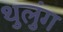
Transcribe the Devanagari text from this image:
थुलुंग